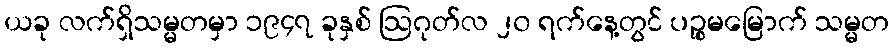
ယခု လက်ရှိသမ္မတမှာ ၁၉၄၇ ခုနှစ် ဩဂုတ်လ ၂၀ ရက်နေ့တွင် ပဉ္စမမြောက် သမ္မတ